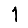
Digit: 1